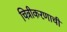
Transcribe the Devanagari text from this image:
चित्रीकरणाची